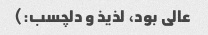
عالی بود، لذیذ و دلچسب:)